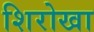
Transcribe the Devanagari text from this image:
शिरोखा